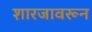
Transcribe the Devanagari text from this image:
शारजावरून